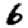
Digit: 6